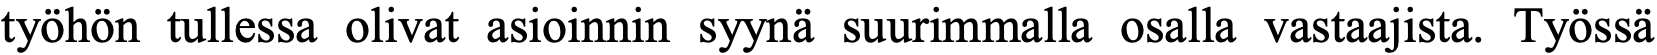
työhön tullessa olivat asioinnin syynä suurimmalla osalla vastaajista. Työssä